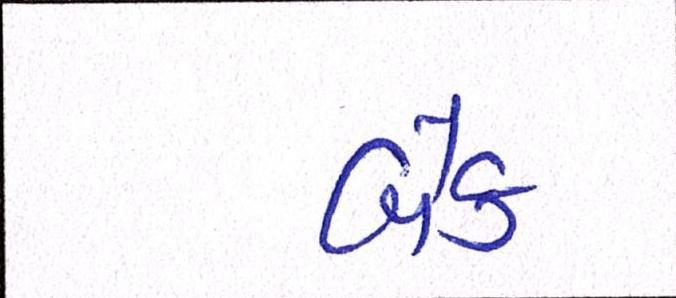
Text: બેક